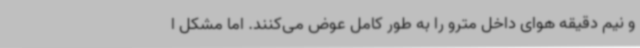
و نیم دقیقه هوای داخل مترو را به طور کامل عوض می‌کنند. اما مشکل ا